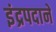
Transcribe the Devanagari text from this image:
इंद्रपदाने